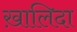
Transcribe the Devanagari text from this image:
ख़ालिदा